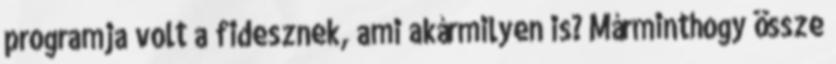
programja volt a fidesznek, ami akármilyen is? Márminthogy össze